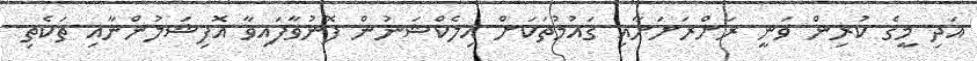
އަދި މީގެ ކުރިން ވަނީ ރަށްރަށަށާއި ގައުމުތަކަށް އިލެކްޝަނުން ފޮނުވާފައިވާ އޮފިޝަލުންނާއި ތަކެތި